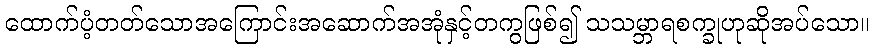
ထောက်ပံ့တတ်သောအကြောင်းအဆောက်အအုံနှင့်တကွဖြစ်၍ သသမ္ဘာရစက္ခုဟုဆိုအပ်သော။